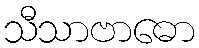
သီသာဗာဓော